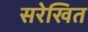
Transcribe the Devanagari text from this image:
सरेखित